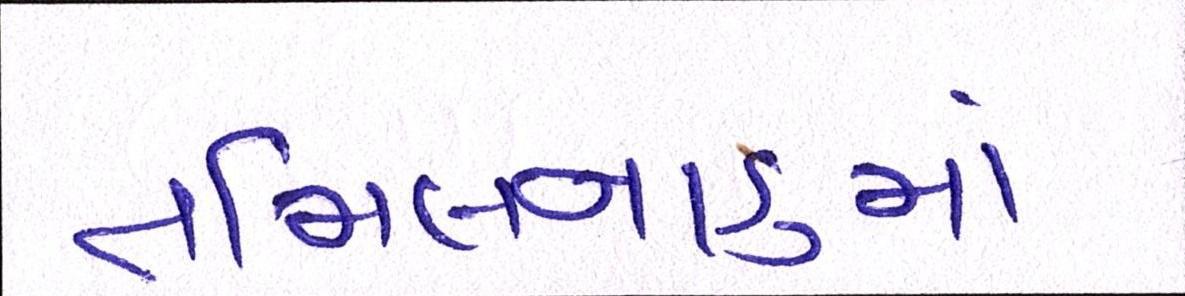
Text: તમિલનાડુમાં